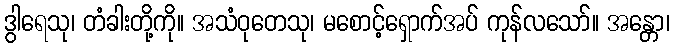
ဒွါရေသု၊ တံခါးတို့ကို။ အသံဝုတေသု၊ မစောင့်ရှောက်အပ် ကုန်လသော်။ အန္တော၊